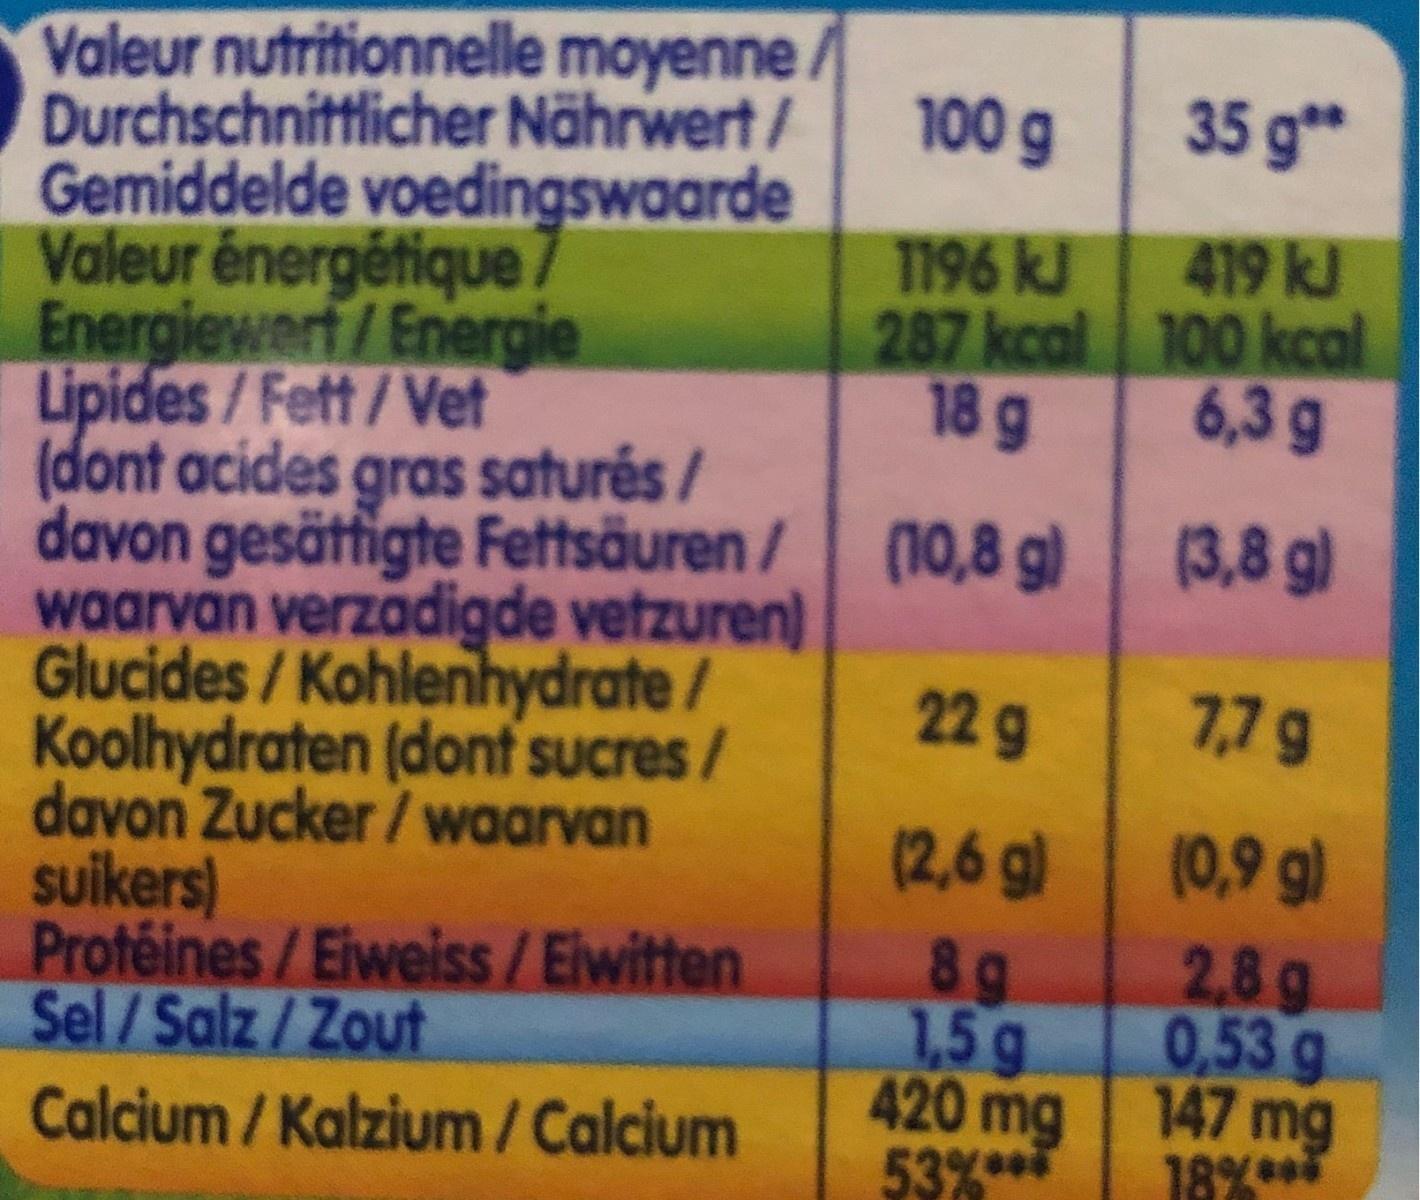
Valeur nutritionnelle moyenne / Durchschnittlicher Nährwert/ Gemiddelde voedingswaarde Valeur énergétique Energiewert/Energie Lipides/Fett/Vet (dont acides gras saturés / davon gesättigte Fettsäuren / (10,8 g) waarvan verzadigde vetzuren) Glucides/Kohlenhydrate/ Koolhydraten (donf sucres / davon Zucker /waarvan suikers) Protéines/Eiweiss/Eiwitten Sel/Salz/Zout 35 g** 100 g 419 kJ 1196 kJ 287 kcal 100 kcal 6,3 g 18 g (3,8 g) 7,7g 22g (0,9 g) (2,6 g) 8 g 1,5g 420 mg 53%* 2,8g 0,53 g 147 mg 18%*** Calcium / Kalzium/Calcium